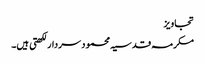
تجاویز
مکرمہ قدسیہ محمود سردار لکھتی ہیں۔